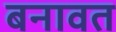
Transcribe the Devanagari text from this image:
बनावत